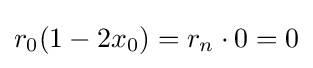
r_{0}(1-2x_{0})=r_{n}\cdot 0=0